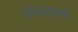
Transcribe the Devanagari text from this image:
ओळखायचं